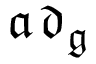
{ \mathfrak { a d } } _ { \mathfrak { g } }